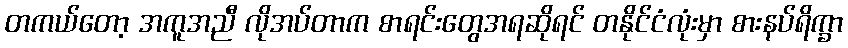
တကယ်တော့ အကူအညီ လိုအပ်တာက စာရင်းတွေအရဆိုရင် တနိုင်ငံလုံးမှာ စားနပ်ရိက္ခာ